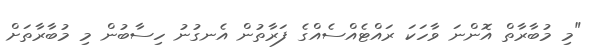
"މި މުބާރާތް އޮންނަ ވާހަކަ ރައްޓެއްސެއްގެ ފަރާތުން އެނގުނު ހިސާބުން މި މުބާރާތަށް